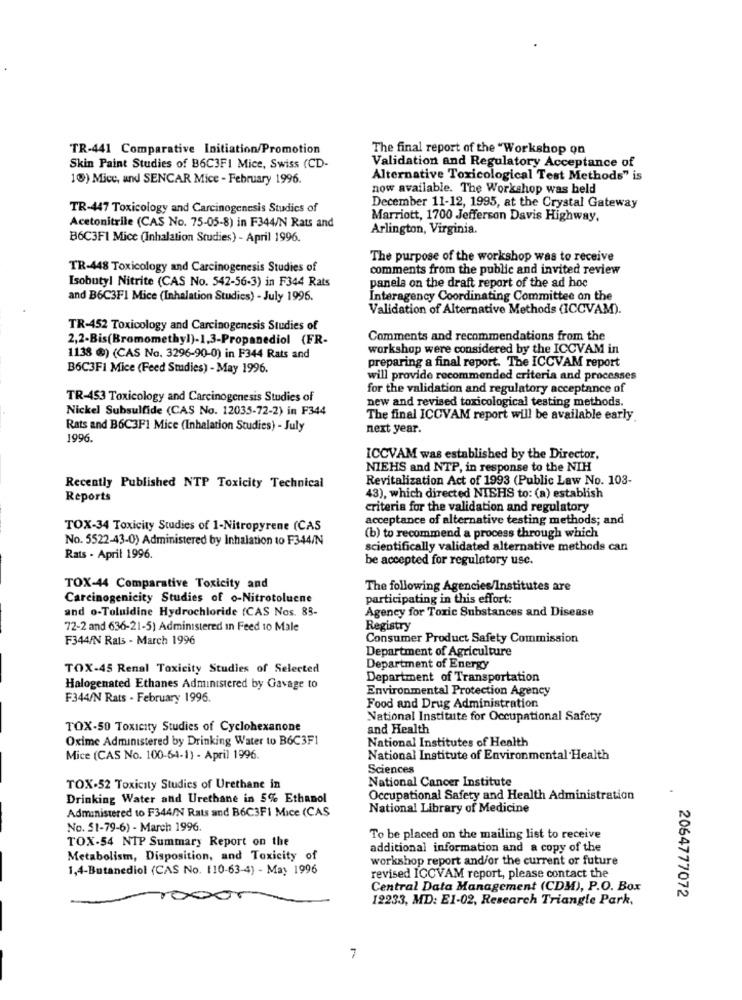
TR-441 Comparative Initiation/Promotion
The final report of the "Workshop on
Validation and Regulatory Acceptance of
Skin Paint Studies of B6C3FI Mice, Swiss (CD-
10) Mice, and SENCAR Mice - February 1996.
Alternative Toxicological Test Methods" is
now available. The Workshop was held
TR-447 Toxicology and Carcinogenesis Studies of
December 11-12, 1995, at the Crystal Gateway
Marriott, 1700 Jefferson Davis Highway,
Acetonitrile (CAS No. 75-05-8) in F344/N Rats and
Arlington, Virginia.
B6C3FI Mice (Inhalation Studies) - April 1996.
The purpose of the workshop was to receive
TR-448 Toxicology and Carcinogenesis Studies of
comments from the public and invited review
Isobutyl Nitrite (CAS No. 542-56-3) in F344 Rats
panela on the draft report of the ad hoc
and B6C3F1 Mice (Inhalation Studies) - July 1996.
Interagency Coordinating Committee on the
Validation of Alternative Methods (ICCVAM).
TR-452 Toxicology and Carcinogenesis Studies of
2,2-Bis(Bromomethyl)-1,3-Propanediol (FR-
Comments and recommendations from the
workshop were considered by the ICCVAM in
1138 @) (CAS No. 3296-90-0) in F344 Rats and
preparing a final report. The ICCVAM report
B6C3FI Mice (Feed Studies) - May 1996.
will provide recommended criteria and processes
for the validation and regulatory acceptance of
TR-453 Toxicology and Carcinogenesis Studies of
new and revised toxicological testing methods.
Nickel Subsulfide (CAS No. 12035-72-2) in F344
The final ICCVAM report will be available early
Rats and B6C3F1 Mice (Inhalation Studies) - July
next year.
1996.
ICCVAM was established by the Director,
NIEHS and NTP, in response to the NIH
Revitalization Act of 1993 (Public Law No. 103-
Recently Published NTP Toxicity Technical
Reports
43), which directed NIEHS to: (a) establish
criteria for the validation and regulatory
acceptance of alternative testing methods; and
TOX-34 Toxicity Studies of 1-Nitropyrene (CAS
No. 5522-43-0) Administered by Inhalation to F344/N
(b) to recommend a process through which
scientifically validated alternative methods can
Rats - April 1996.
be accepted for regulatory use.
TOX-44 Comparative Toxicity and
The following Agencies/Institutes are
Carcinogenicity Studies of o-Nitrotoluene
participating in this effort:
and o-Toluidine Hydrochloride (CAS Nos. 83-
Agency for Toxic Substances and Disease
72-2 and 636-21-5) Administered In Feed 10 Male
Registry
F344/N Rals - March 1996
Consumer Product Safety Commission
Department of Agriculture
TOX-45 Renal Toxicity Studies of Selected
Department of Energy
Department of Transportation
Halogenated Ethanes Administered by Gavage to
Environmental Protection Agency
F344/N Rats - February 1996.
Food and Drug Administration
National Institute for Occupational Safety
TOX-50 Toxicity Studies of Cyclohexanone
and Health
Oxime Administered by Drinking Water to B6C3F1
National Institutes of Health
Mice (CAS No. 100-64-1) - April 1996.
National Institute of Environmental Health
Sciences
National Cancer Institute
TOX-52 Toxicity Studies of Urethane in
Drinking Water and Urethane in 5% Ethanol
Occupational Safety and Health Administration
Administered to F344/N Rats and B6C3FI Mice (CAS
National Library of Medicine
No. 51-79-6) - March 1996.
TOX-54 NTP Summary Report on the
To be placed on the mailing list to receive
additional information and a copy of the
Metabolism, Disposition, and Toxicity of
workshop report and/or the current or future
1,4-Butanediol (CAS No. 110-63-4) - May 1996
revised ICCVAM report, please contact the
Central Data Management (CDM), P.O. Box
000
12233, MD: E1-02, Research Triangle Park,
2064777072
7